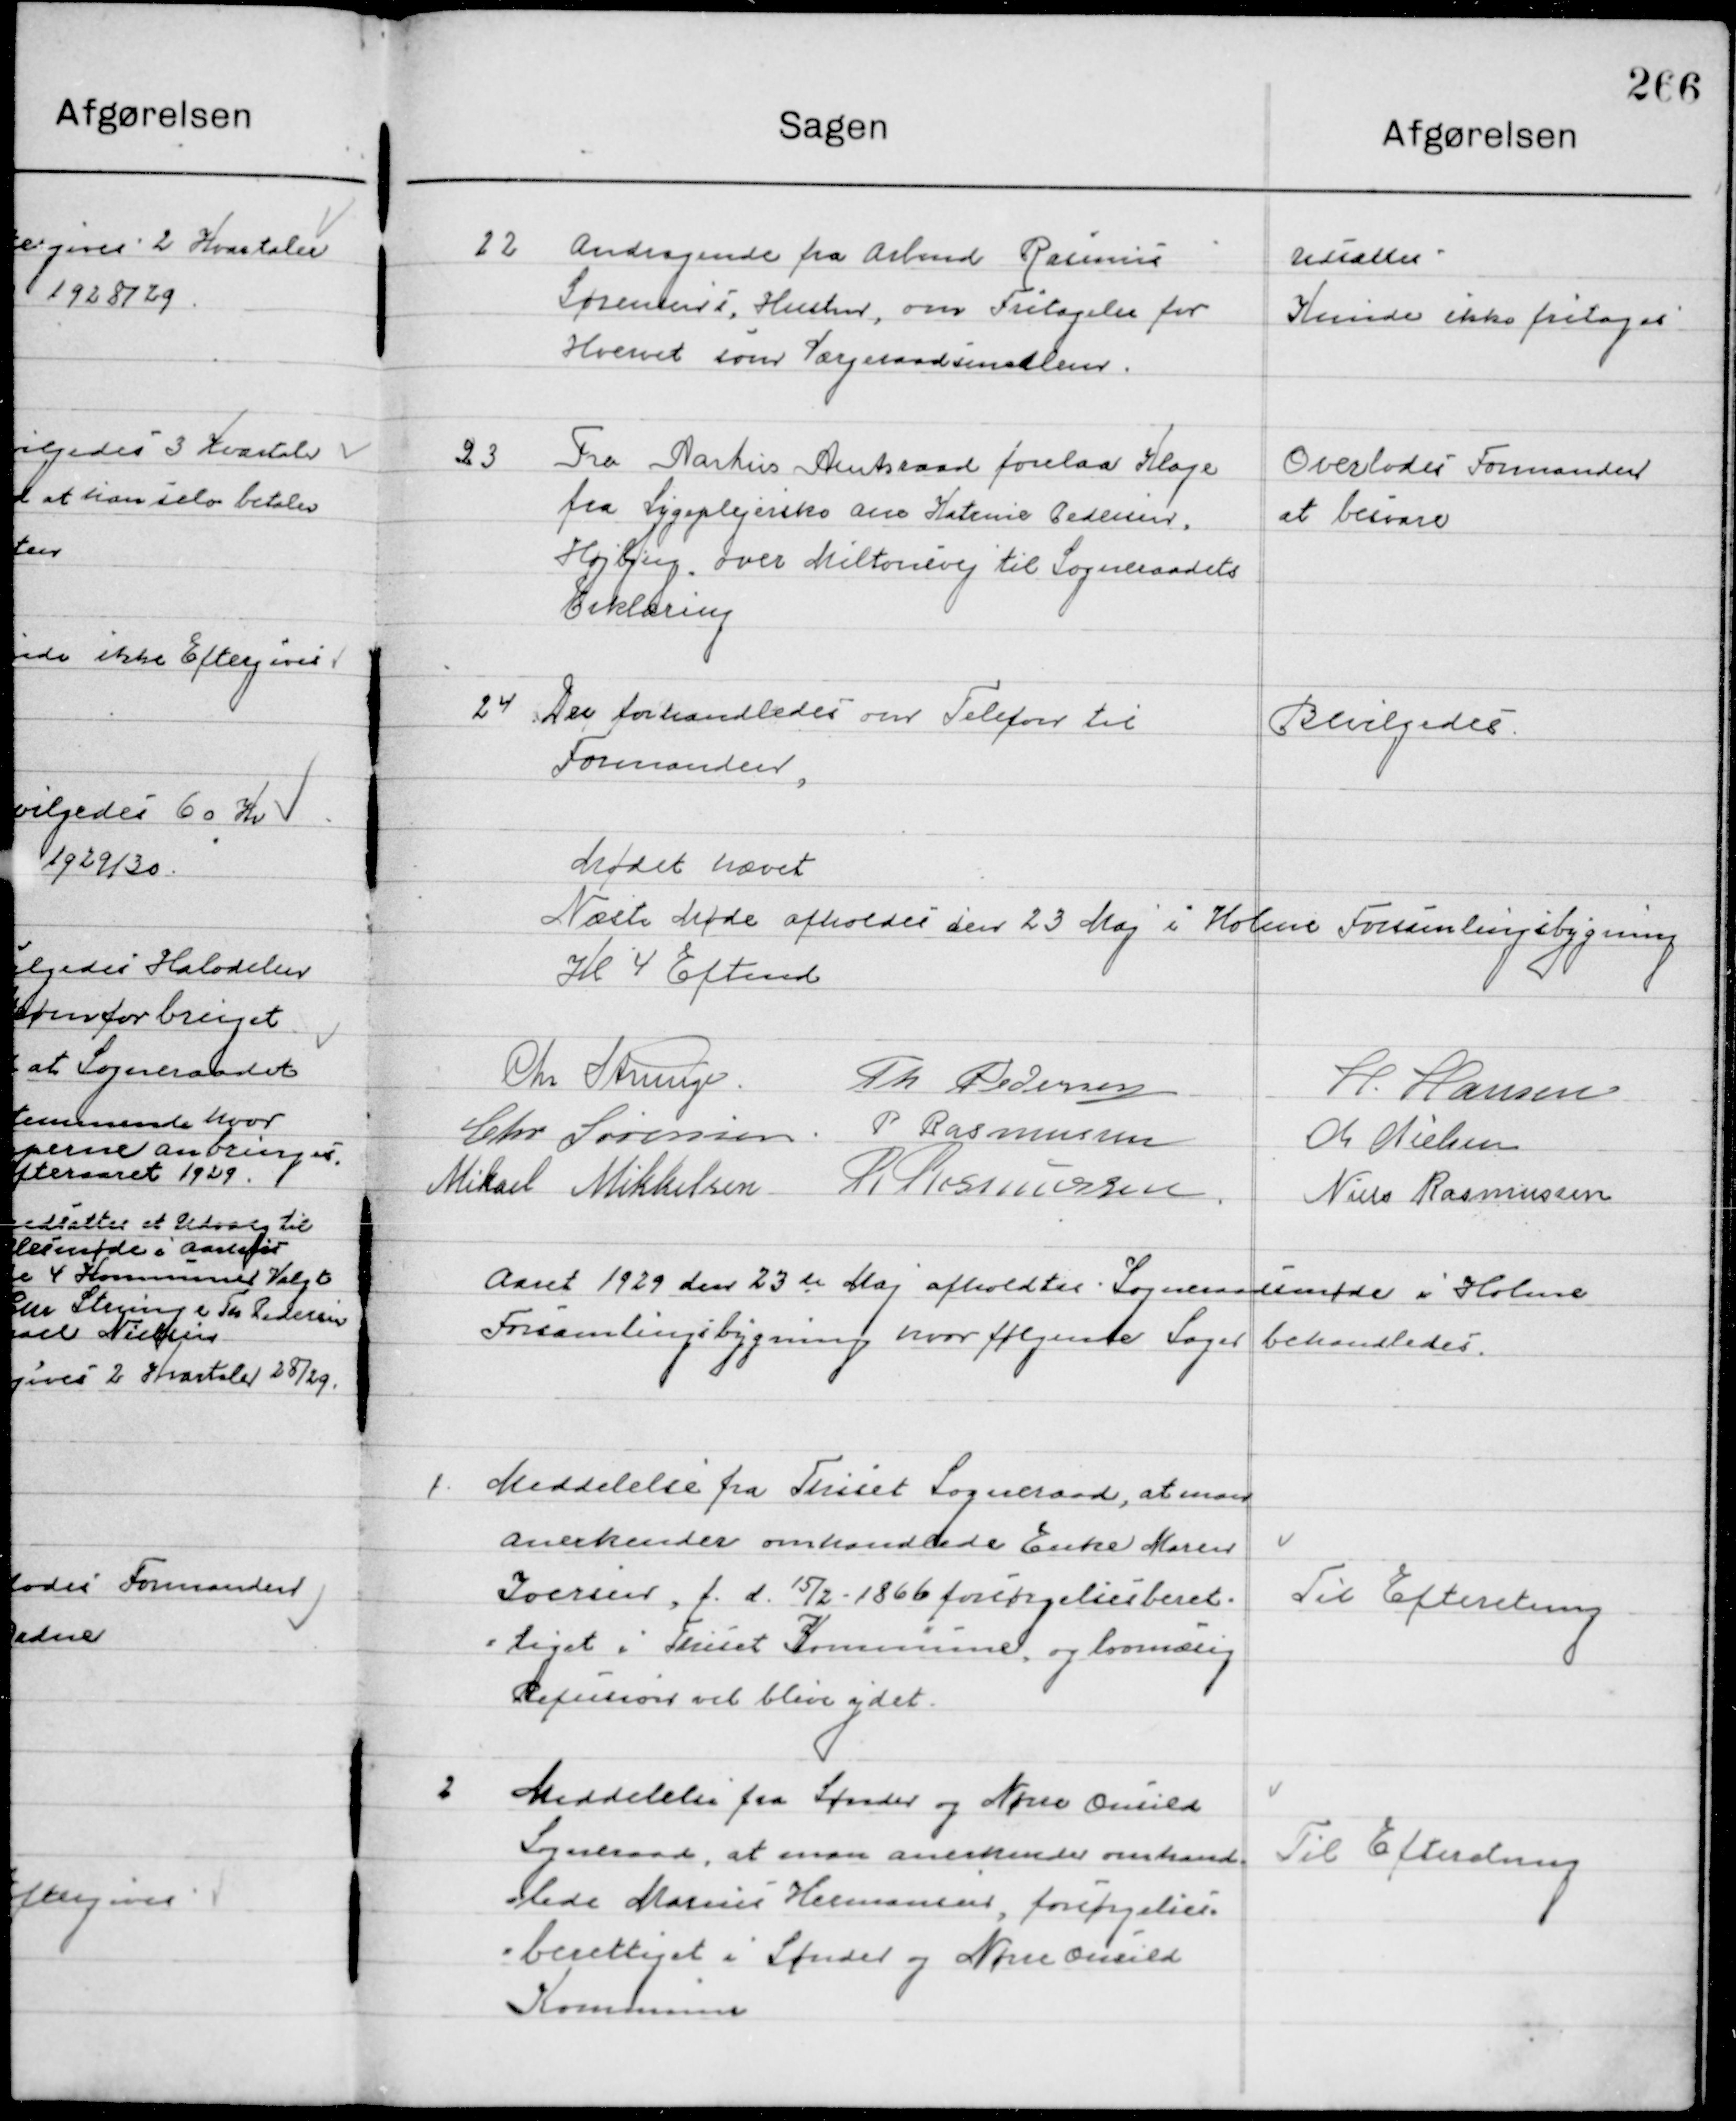
Transskription:
22

Andragende fra Arbmd. Rasmus
Sørensens, Hustru, om Fritagelse for
Hvervet som Værgeraadsmedlem.

Udsattes
Kunde ikke fritages

23

Fra Aarhus Amtsraad forelaa Klage
fra Sygeplejerske Ane Katerina Pedersen  
Højbjerg, over Miltonsvej til Sogneraadets 
Erklæring

Overlodes Formanden
at besvare

24

Der forhandles om Telefon til
Formanden.

Bevilgedes

Mødet hævet
Næste Møde afholdes den 23 Maj  i  Holme Forsamlingsbygning
Kl. 4 Eftermd.

Chr. Strunge
Th. Pedersen
H. Hansen
Chr. Sørensen
P. Rasmussen
M. Nielsen
Mikael Mikkelsen
R. Rasmussen
Niels Rasmussen

Aaret 1929 den 23de Maj  afholdt Sogneraadsmøde i Holme
Forsamlingsbygning hvor følgende Sager behandledes.

1

Meddelelse fra Thiset Sogneraad, at man
Anerkender omhandlede Enke Maren
Joersen, f. d. 15 / 2 1866 forsørgelsesberet-
Tiget i Thiset Kommune og lovmæssigt 
Refusions vil blive ydet.

Til Efterretning

2

Meddelelse fra Sønder og Nørre Onsild
Sogneraad at man anerkender omhand-
lede Marius Hermansen forsørgelses-
berettiget i Sønder og Nørre Onsild 
Kommune

Til Efterretning